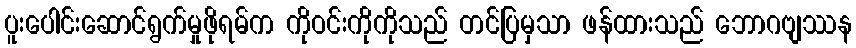
ပူးပေါင်းဆောင်ရွက်မှုဖိုရမ်က ကိုဝင်းကိုကိုသည် တင်ပြမှသာ ဖန်ထားသည် ဘောဂဗျဿန